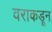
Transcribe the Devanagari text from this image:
वराकडून